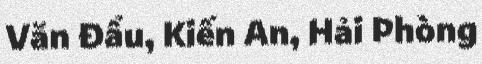
Văn Đẩu, Kiến An, Hải Phòng